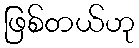
ဖြစ်တယ်ဟု